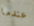
عندما